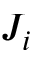
J _ { i }